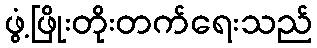
ဖွံ့ဖြိုးတိုးတက်ရေးသည်